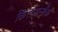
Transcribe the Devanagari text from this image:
किलमार्नॉक